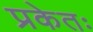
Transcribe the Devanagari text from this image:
प्रकेतः